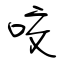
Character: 咬